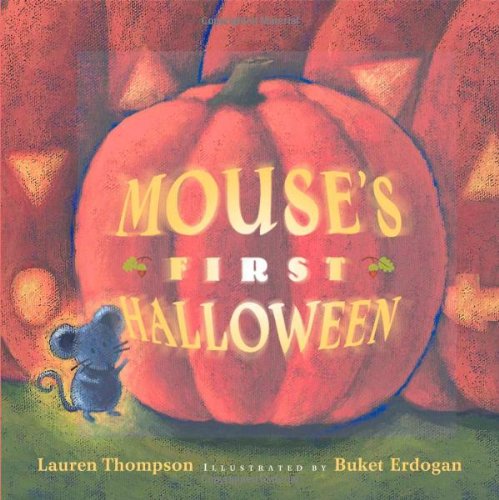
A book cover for Mouse's First Halloween (Classic Board Books); Lauren Thompson; Children's Books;